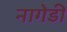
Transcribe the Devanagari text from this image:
नागेडी